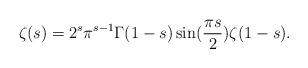
LaTeX: \begin{align*}\zeta(s) = 2^{s} \pi^{s-1} \Gamma(1-s) \sin(\frac{\pi s}{2})\zeta(1-s).\end{align*}